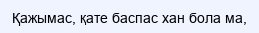
Қажымас, қате баспас хан бола ма,